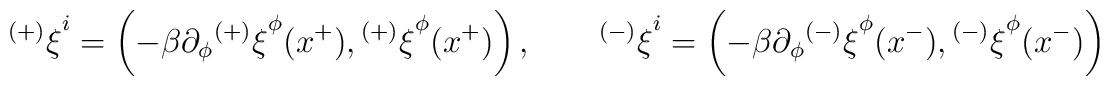
{^{(+)}\xi}^i =  \left(-\beta  \partial_\phi{^{(+)}\xi}^\phi(x^+),{^{(+)}\xi}^\phi(x^+)   \right),\qquad   {^{(-)}\xi}^i =   \left(-\beta  \partial_\phi{^{(-)}\xi}^\phi(x^-),{^{(-)}\xi}^\phi(x^-)  \right)